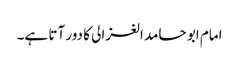
امام ابو حامد الغزالی کا دور آتا ہے۔